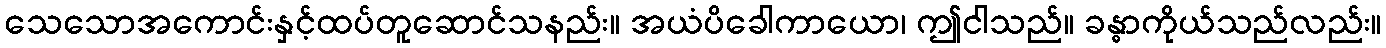
သေသောအကောင်းနှင့်ထပ်တူဆောင်သနည်း။ အယံပိခေါကာယော၊ ဤငါသည်။ ခန္ဓာကိုယ်သည်လည်း။